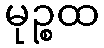
မုဉ္စထ